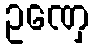
ဥဏှေ